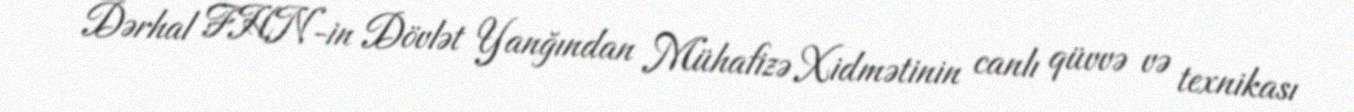
Dərhal FHN-in Dövlət Yanğından Mühafizə Xidmətinin canlı qüvvə və texnikası